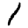
Digit: 1